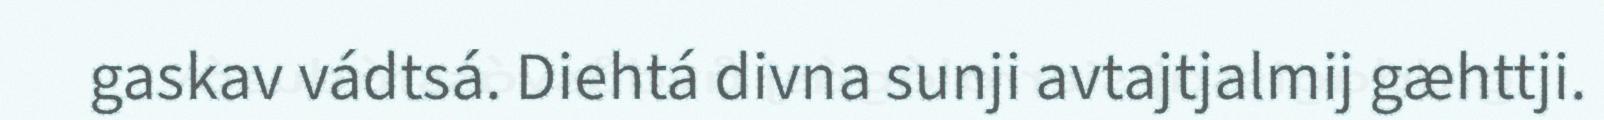
gaskav vádtsá. Diehtá divna sunji avtajtjalmij gæhttji.